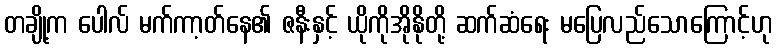
တချို့က ပေါလ် မက်ကာ့တ်နေ၏ ဇနီးနှင့် ယိုကိုအိုနိုတို့ ဆက်ဆံရေး မပြေလည်သောကြောင့်ဟု